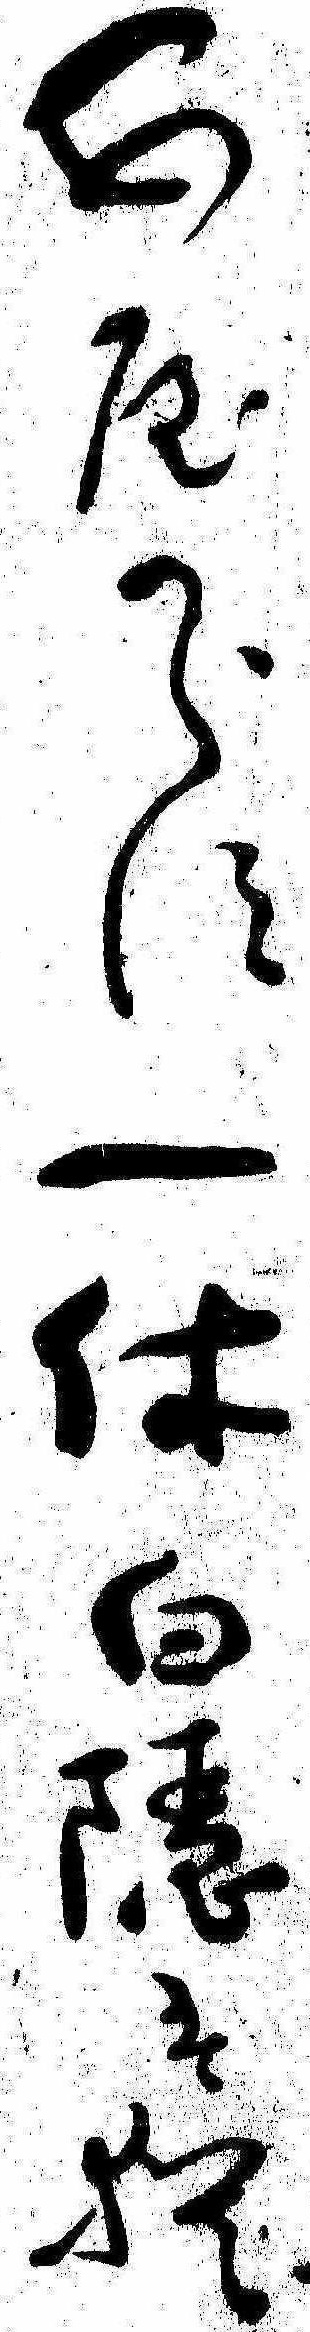
あやからす一休白隠は猶